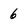
Character: 6